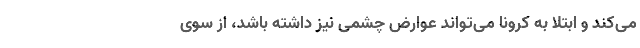
می‌کند و ابتلا به کرونا می‌تواند عوارض چشمی نیز داشته باشد، از سوی